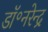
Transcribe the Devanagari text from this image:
डॉ॰नरेन्द्र